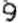
9